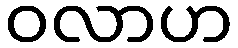
ဝလာဟ